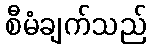
စီမံချက်သည်